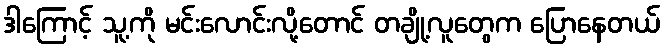
ဒါကြောင့် သူ့ကို မင်းလောင်းလို့တောင် တချို့လူတွေက ပြောနေတယ်